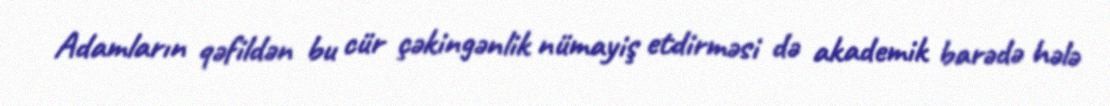
Adamların qəfildən bu cür çəkingənlik nümayiş etdirməsi də akademik barədə hələ